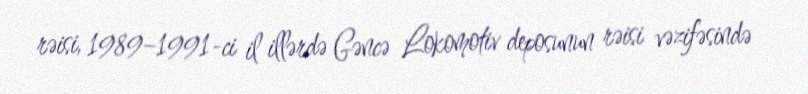
rəisi, 1989–1991-ci il illərdə Gəncə Lokomotiv deposunun rəisi vəzifəsində